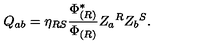
Q _ { a b } = \eta _ { R S } { \frac { \Phi _ { ( R ) } ^ { * } } { \Phi _ { ( R ) } } } Z _ { a } { } ^ { R } Z _ { b } { } ^ { S } .